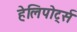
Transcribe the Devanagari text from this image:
हेलिपोर्ट्स